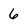
Character: 6